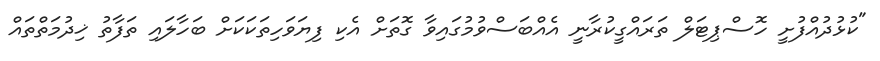
"ކުޅުދުއްފުށީ ހޮސްޕިޓަލް ތަރައްގީކުރާނީ އެއްބަސްވުމުގައިވާ ގޮތަށް އެކި ފިޔަވަހިތަކަކަށް ބަހާލައި ތަފާތު ޚިދުމަތްތައް